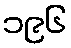
၁၉၆